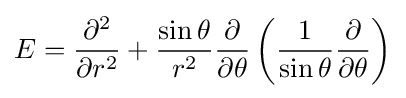
E={\partial ^{2} \over \partial r^{2}}+{\sin {\theta } \over r^{2}}{\partial  \over \partial \theta }\left({1 \over \sin {\theta }}{\partial  \over \partial \theta }\right)